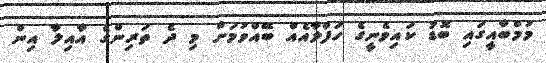
މުމްބާއީގައި ބޮޑު ކައިވެނީގެ ހަފްލާއެއް ބޭއްވުމަށް މި ދެ ތަރިންގެ އާއިލާ އިން